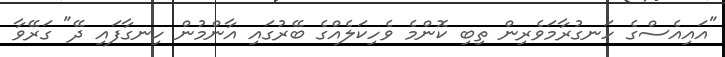
"އައިއެސްގެ ހަނގުރާމަވެރިން ތިބި ކޮންމެ ވެހިކަލެއްގެ ބޭރުގައި އާންމުން ހިނގާފައި ދޭ" ގަރޭވާ